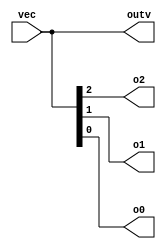
module top_module ( 
    input wire [2:0] vec,
    output wire [2:0] outv,
    output wire o2,
    output wire o1,
    output wire o0  );
    assign o0=vec[0],
    o1=vec[1],
    o2=vec[2],
    outv=vec;//assigning vector to a vector
endmodule